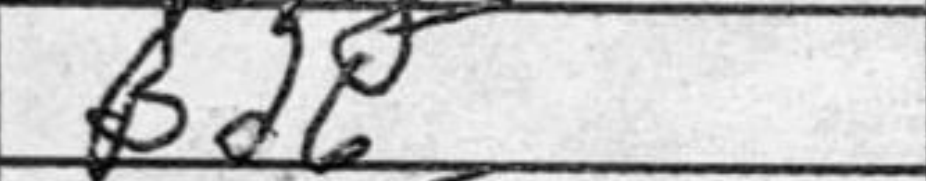
Transcription: Bd6